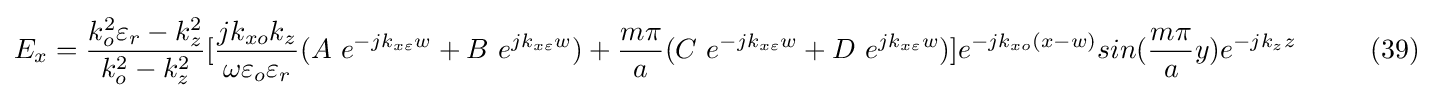
E_{x}={\frac {k_{o}^{2}\varepsilon _{r}-k_{z}^{2}}{k_{o}^{2}-k_{z}^{2}}}[{\frac {jk_{xo}k_{z}}{\omega \varepsilon _{o}\varepsilon _{r}}}(A\ e^{-jk_{x\varepsilon }w}+B\ e^{jk_{x\varepsilon }w})+{\frac {m\pi }{a}}(C\ e^{-jk_{x\varepsilon }w}+D\ e^{jk_{x\varepsilon }w})]e^{-jk_{xo}(x-w)}sin({\frac {m\pi }{a}}y)e^{-jk_{z}z}\ \ \ \ \ \ \ \ (39)